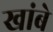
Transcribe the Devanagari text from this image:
खांबे